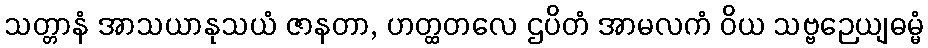
သတ္တာနံ အာသယာနုသယံ ဇာနတာ, ဟတ္ထတလေ ဌပိတံ အာမလကံ ဝိယ သဗ္ဗဉေယျဓမ္မံ